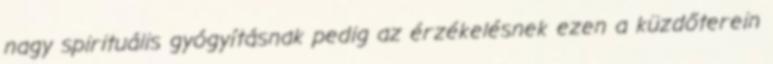
nagy spirituális gyógyításnak pedig az érzékelésnek ezen a küzdőterein